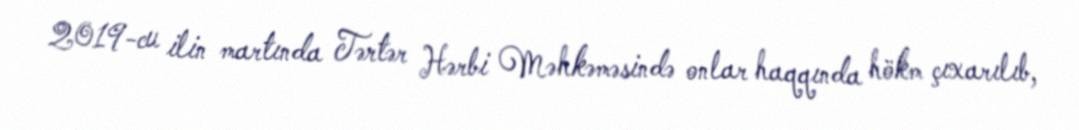
2019-cu ilin martında Tərtər Hərbi Məhkəməsində onlar haqqında hökm çıxarılıb,